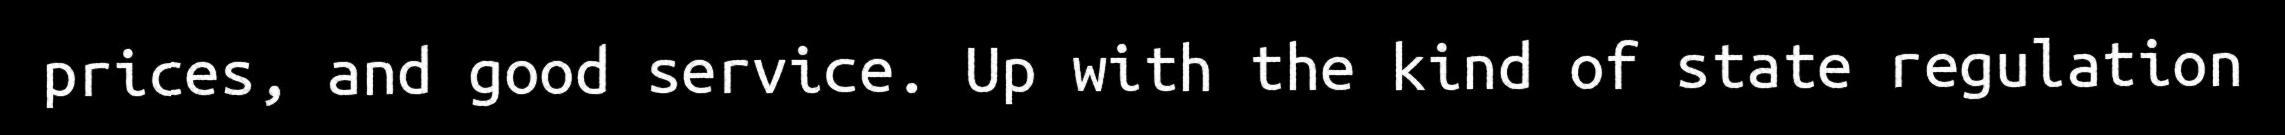
prices, and good service. Up with the kind of state regulation